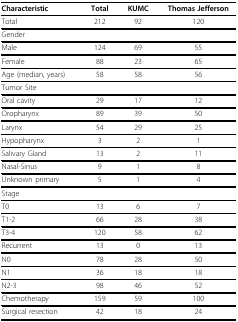
<table><thead><tr><td><b>Characteristic</b></td><td><b>Total</b></td><td><b>KUMC</b></td><td><b>Thomas Jefferson</b></td></tr></thead><tbody><tr><td>Total</td><td>212</td><td>92</td><td>120</td></tr><tr><td>Gender</td><td></td><td></td><td></td></tr><tr><td>Male</td><td>124</td><td>69</td><td>55</td></tr><tr><td>Female</td><td>88</td><td>23</td><td>65</td></tr><tr><td>Age (median, years)</td><td>58</td><td>58</td><td>56</td></tr><tr><td>Tumor Site</td><td></td><td></td><td></td></tr><tr><td>Oral cavity</td><td>29</td><td>17</td><td>12</td></tr><tr><td>Oropharynx</td><td>89</td><td>39</td><td>50</td></tr><tr><td>Larynx</td><td>54</td><td>29</td><td>25</td></tr><tr><td>Hypopharynx</td><td>3</td><td>2</td><td>1</td></tr><tr><td>Salivary Gland</td><td>13</td><td>2</td><td>11</td></tr><tr><td>Nasal-Sinus</td><td>9</td><td>1</td><td>8</td></tr><tr><td>Unknown primary</td><td>5</td><td>1</td><td>4</td></tr><tr><td>Stage</td><td></td><td></td><td></td></tr><tr><td>T0</td><td>13</td><td>6</td><td>7</td></tr><tr><td>T1-2</td><td>66</td><td>28</td><td>38</td></tr><tr><td>T3-4</td><td>120</td><td>58</td><td>62</td></tr><tr><td>Recurrent</td><td>13</td><td>0</td><td>13</td></tr><tr><td>N0</td><td>78</td><td>28</td><td>50</td></tr><tr><td>N1</td><td>36</td><td>18</td><td>18</td></tr><tr><td>N2-3</td><td>98</td><td>46</td><td>52</td></tr><tr><td>Chemotherapy</td><td>159</td><td>59</td><td>100</td></tr><tr><td>Surgical resection</td><td>42</td><td>18</td><td>24</td></tr></tbody></table>